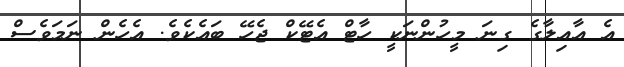
އެ އާއިލާގެ ގިނަ މީހުންނަކީ ހާޓް އެޓޭކް ޖެހޭ ބައެކެވެ. އެހެން ނަމަވެސް